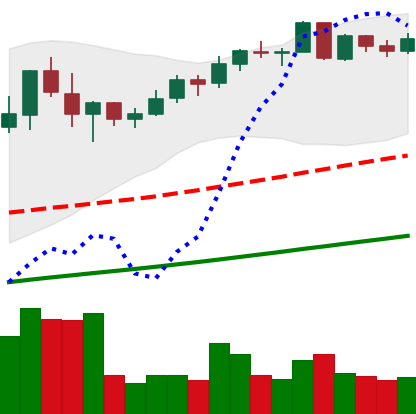
Ticker: BNB-USD
Chart end date: 2021-05-08
Forward return: -11.557%
Label: down_7plus